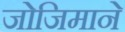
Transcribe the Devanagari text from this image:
जोजिमाने